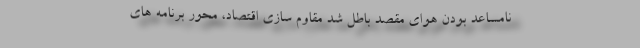
نامساعد بودن هوای مقصد باطل شد مقاوم سازی اقتصاد، محور برنامه های